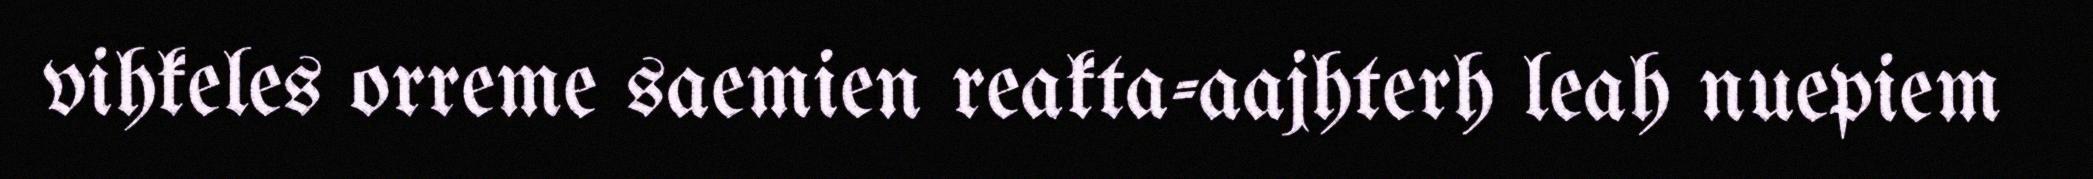
vihkeles orreme saemien reakta-aajhterh leah nuepiem